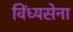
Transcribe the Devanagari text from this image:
विंध्यसेना